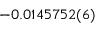
- 0 . 0 1 4 5 7 5 2 ( 6 )